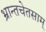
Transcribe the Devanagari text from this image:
भ्रान्तचेतसाम्